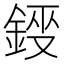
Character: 𮢂